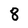
Character: 8